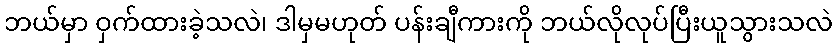
ဘယ်မှာ ဝှက်ထားခဲ့သလဲ၊ ဒါမှမဟုတ် ပန်းချီကားကို ဘယ်လိုလုပ်ပြီးယူသွားသလဲ